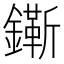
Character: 𨭠